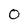
Character: 0